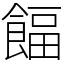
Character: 𩜰